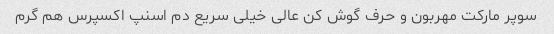
سوپر مارکت مهربون و حرف گوش کن عالی خیلی سریع دم اسنپ اکسپرس هم گرم